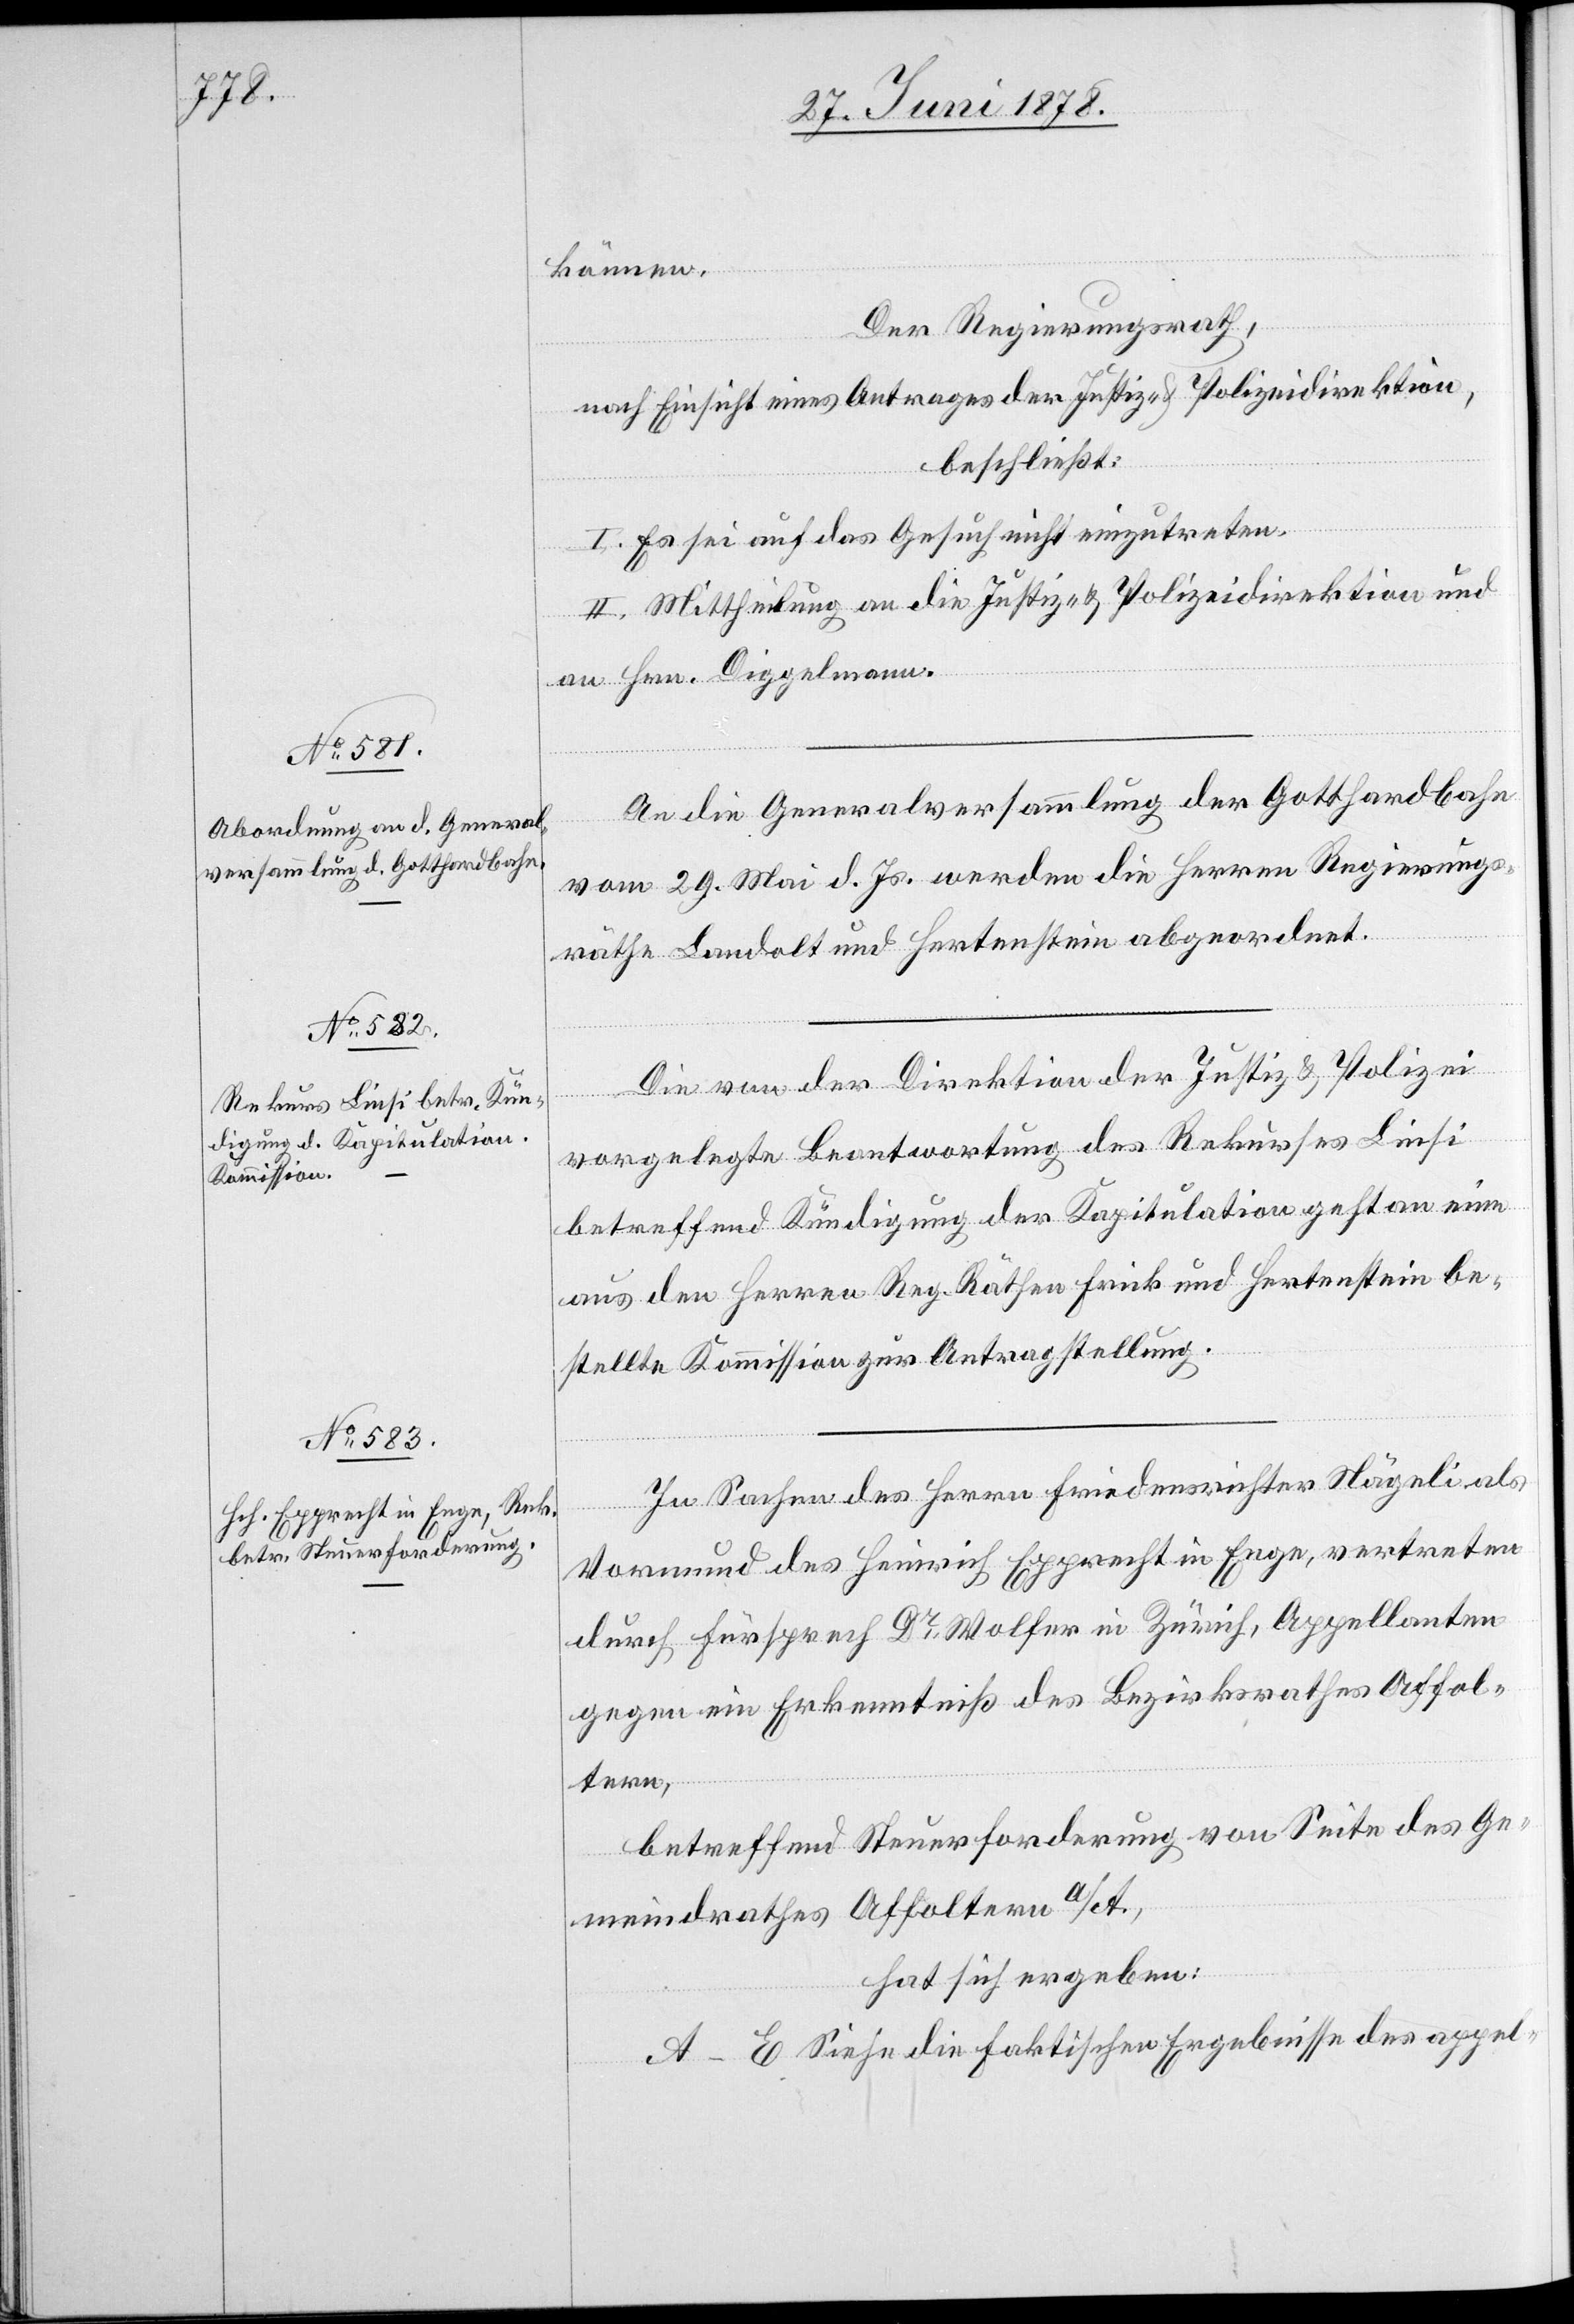
können.
Der Regierungsrath,
nach Einsicht eines Antrages der Justiz- & Polizeidirektion,
beschließt:
I. Es sei auf das Gesuch nicht einzutreten.
II. Mittheilung an die Justiz- & Polizeidirektion und
an Hrn. Diggelmann.
An die Generalversammlung der Gotthardbahn
vom 29. Mai d. Js. werden die Herren Regierungs¬
räthe Landolt und Hertenstein abgeordnet.
Die von der Direktion der Justiz & Polizei
vorgelegte Beantwortung des Rekurses Linsi
betreffend Kündigung der Kapitulation geht an eine
aus den Herren Reg. Räthen Frick und Hertenstein be¬
stellte Kommission zur Antragstellung.
In Sachen des Herrn Friedensrichter Nägeli als
Vormund des Heinrich Epprecht in Enge, vertreten
durch Fürsprech Dr Wolfer in Zürich, Appellanten
gegen ein Erkenntniß des Bezirksrathes Affol¬
tern,
betreffend Steuerforderung von Seite des Ge¬
meindrathes Affoltern a/A.,
hat sich ergeben:
A–E Siehe die faktischen Ergebnisse des appel-